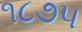
૧૮૭૫